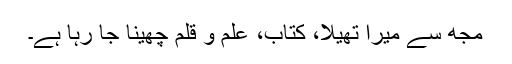
مجھ سے میرا تھیلا، کتاب، علم و قلم چھینا جا رہا ہے۔